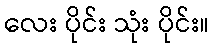
လေး ပိုင်း သုံး ပိုင်း။